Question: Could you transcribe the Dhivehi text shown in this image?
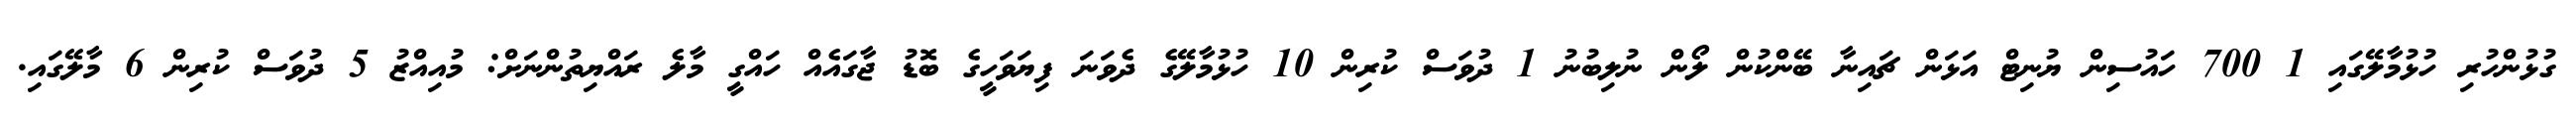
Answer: ގުޅުންހުރި ހުޅުމާލޭގައި 1 700 ހައުސިން ޔުނިޓް އަޅަން ޗައިނާ ބޭންކުން ލޯން ނުލިބުނު 1 ދުވަސް ކުރިން 10 ހުޅުމާލޭގެ ދެވަނަ ފިޔަވަހީގެ ބޮޑު ޖާގައެއް ހައްގީ މާލެ ރައްޔިތުންނަށް: މުއިއްޒު 5 ދުވަސް ކުރިން 6 މާލޭގައި.